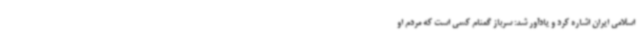
اسلامی ایران اشاره کرد و یادآور شد: سرباز گمنام کسی است که مردم او